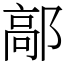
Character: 鄗